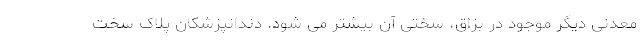
معدنی دیگر موجود در بزاق، سختی آن بیشتر می شود. دندانپزشکان پلاک سخت